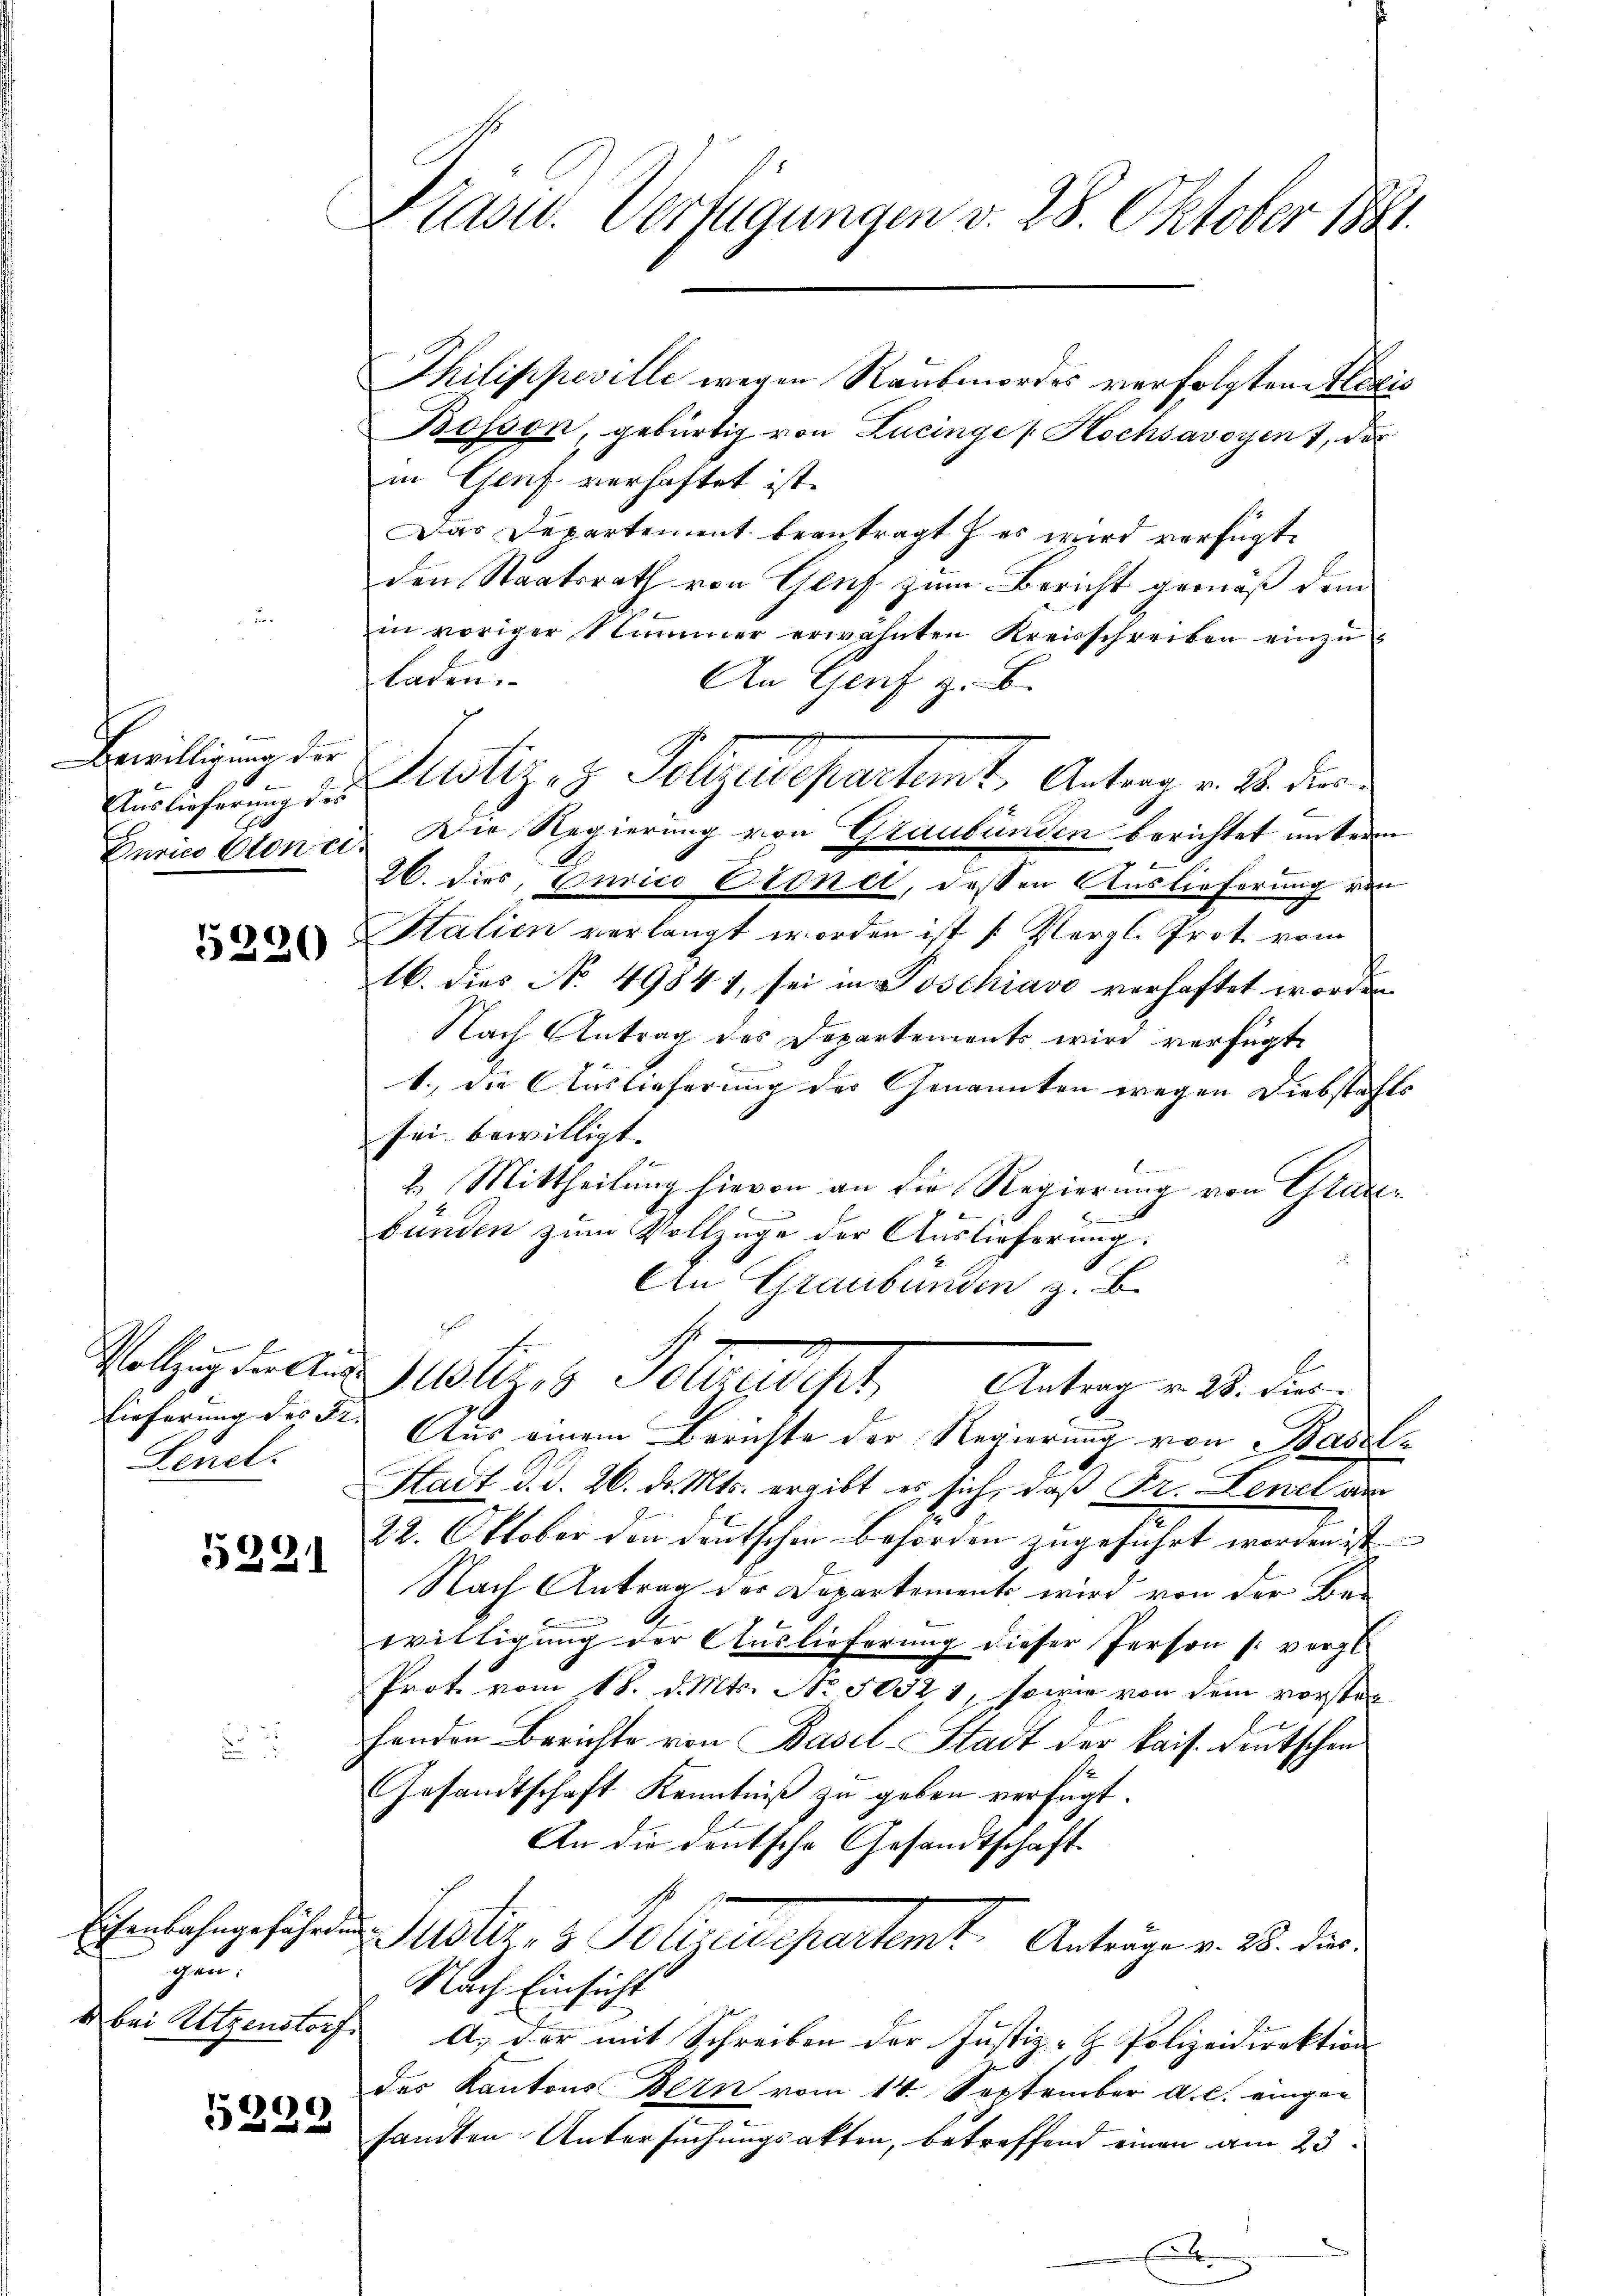
Bewilligung der
Auslieferung des
Gurno Stone.

5290

Vollzug der Ant
Lieferung des Fr.
Senel.

5221

Eisenbahngefähren
gau.
d bei Wetzenstorf

5299

h

Pasu. Verfügungen v. 28. Oktober 1881.

Bosson, gebürtig von Lucinge Hochsavoyen , der
in Genf verhaftet ist.
Das Departement beantragt es wird verfügt:
den Staatsrath von Genf zum Bericht gemäß dem
in voriger Nummer erwähnten Kreisschreiben einzŭ-
laten.
An Genf z. B.
Die Regierung von Graubünden berichtet unterm
26. dies, curico Eione, dessen Auslieferung von
Statien verlangt worden ist [Vergl. Prot. vom
16. dies No 49841, sei in Poschiavo verhaftet worden.
Nach Antrag des Departements wird verfügt
1.) Die Auslieferung der Genannten wegen Diebstahls
sei bewilligt.
E
2. Mittheilung hievon an die Regierung von Grade-
bünden zum Vollzüge der Auslieferung:
An Graubünden z. B.
istiges Sohnedigt,
Antrag v. 28. dies
Aus einem Berichte der Regierung von Basel-
Stadt d. d. 26. d. Mts. ergibt es sich, daß Fr. Lenel de
22. Oktober den deutschen Behörden zugeführt worden ist
Nach Antrag der Departements wird von der Be-
willigung der Auslieferung dieser Person s. vergl.
Prot. vom 18. d. Mts. No. 50521, sowie von dem vorstenfenden Berichte von Basel-Stadt der kais. Deutschen
Gesandtschaft Kenntniß zu geben verfügt.
An die deutsche Gesandtschaft.
Suster, 3 Polepartemt. Anträge v. 18. die
Nach Einsicht
A. der mit Schreiben der Justiz- & Polizeidirektion
des Kantons Bern vom 14. September a. c. eingen
samten Untersuchungsakten, betreffend einen am 23.

Justiz- & Pollzudepartemt, Antrag v. 28. der

Thilippeville wegen Raubmordes verfolgten lexis

E